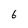
Character: 6